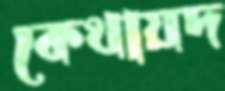
কেথায়দ